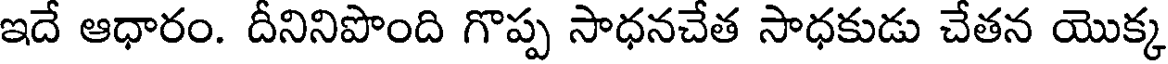
ఇదే ఆధారం. దీనినిపొంది గొప్ప సాధనచేత సాధకుడు చేతన యొక్క